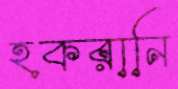
হকরানি